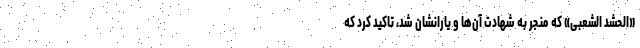
«الحشد الشعبی» که منجر به شهادت آن‌ها و یارانشان شد، تاکید کرد که